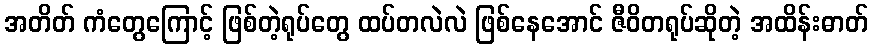
အတိတ် ကံတွေကြောင့် ဖြစ်တဲ့ရုပ်တွေ ထပ်တလဲလဲ ဖြစ်နေအောင် ဇီဝိတရုပ်ဆိုတဲ့ အထိန်းဓာတ်